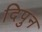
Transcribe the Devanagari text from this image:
दिपुन